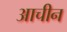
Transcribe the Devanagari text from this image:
आचीन